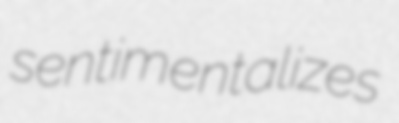
sentimentalizes